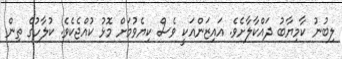
ލިބުނު ކާމިޔާބު ދައްކާލާށެވެ. އައިޒަންއަކީ ވެސް ކިޔެވުމަށް މޮޅު ކުއްޖެކެވެ. ކުލާހުގެ ތިން